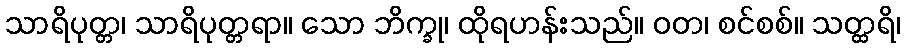
သာရိပုတ္တ၊ သာရိပုတ္တရာ။ သော ဘိက္ခု၊ ထိုရဟန်းသည်။ ဝတ၊ စင်စစ်။ သတ္ထရိ၊